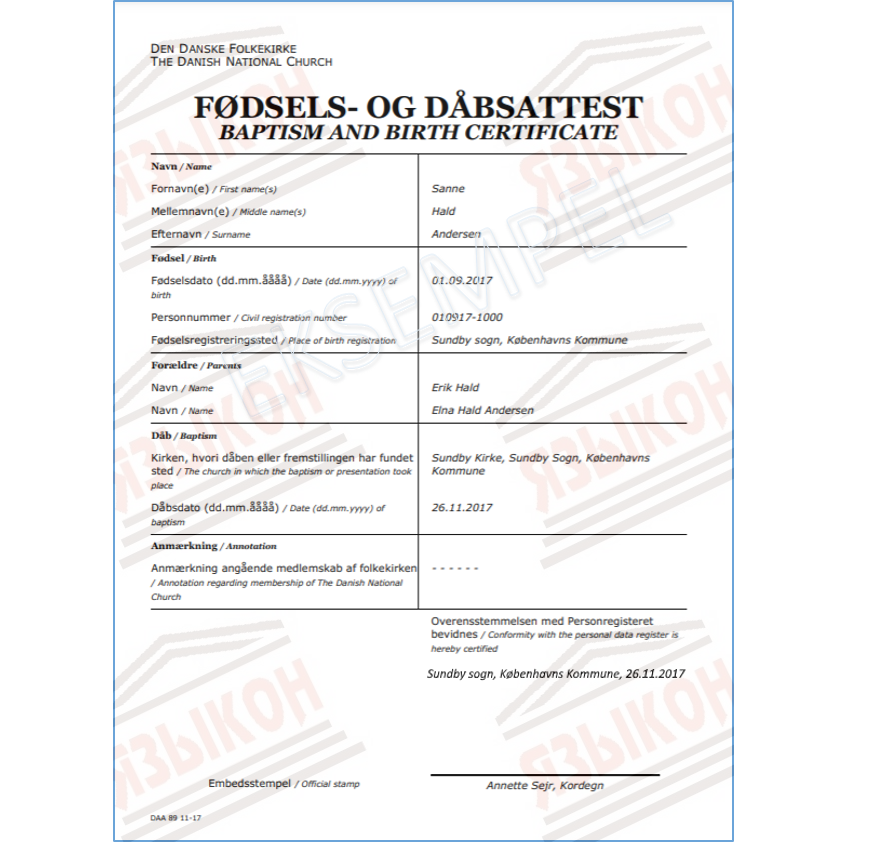
Language: no